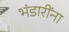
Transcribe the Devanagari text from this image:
भंडारींना